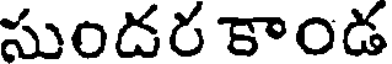
సుందర కాండ